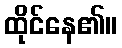
ထိုင်နေ၏။